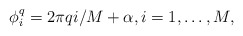
\begin{align*} \phi^q_i = 2\pi q i/M+\alpha,i=1,\dots,M,\end{align*}